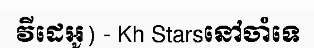
វីដេអូ) - Kh Starsនៅចាំទេ